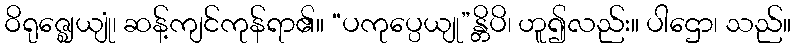
ဝိရုဇ္ဈေယျုံ၊ ဆန့်ကျင်ကုန်ရာ၏။ “ပကုပ္ပေယျု”န္တိပိ၊ ဟူ၍လည်း။ ပါဌော၊ သည်။